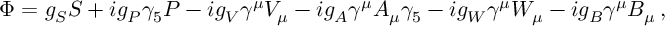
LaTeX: \Phi = g _ { S } S + i g _ { P } \gamma _ { 5 } P - i g _ { V } \gamma ^ { \mu } V _ { \mu } - i g _ { A } \gamma ^ { \mu } A _ { \mu } \gamma _ { 5 } - i g _ { W } \gamma ^ { \mu } W _ { \mu } - i g _ { B } \gamma ^ { \mu } B _ { \mu } \, ,